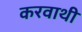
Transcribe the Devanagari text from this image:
करवाथी